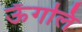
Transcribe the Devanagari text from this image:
ऊँगलि